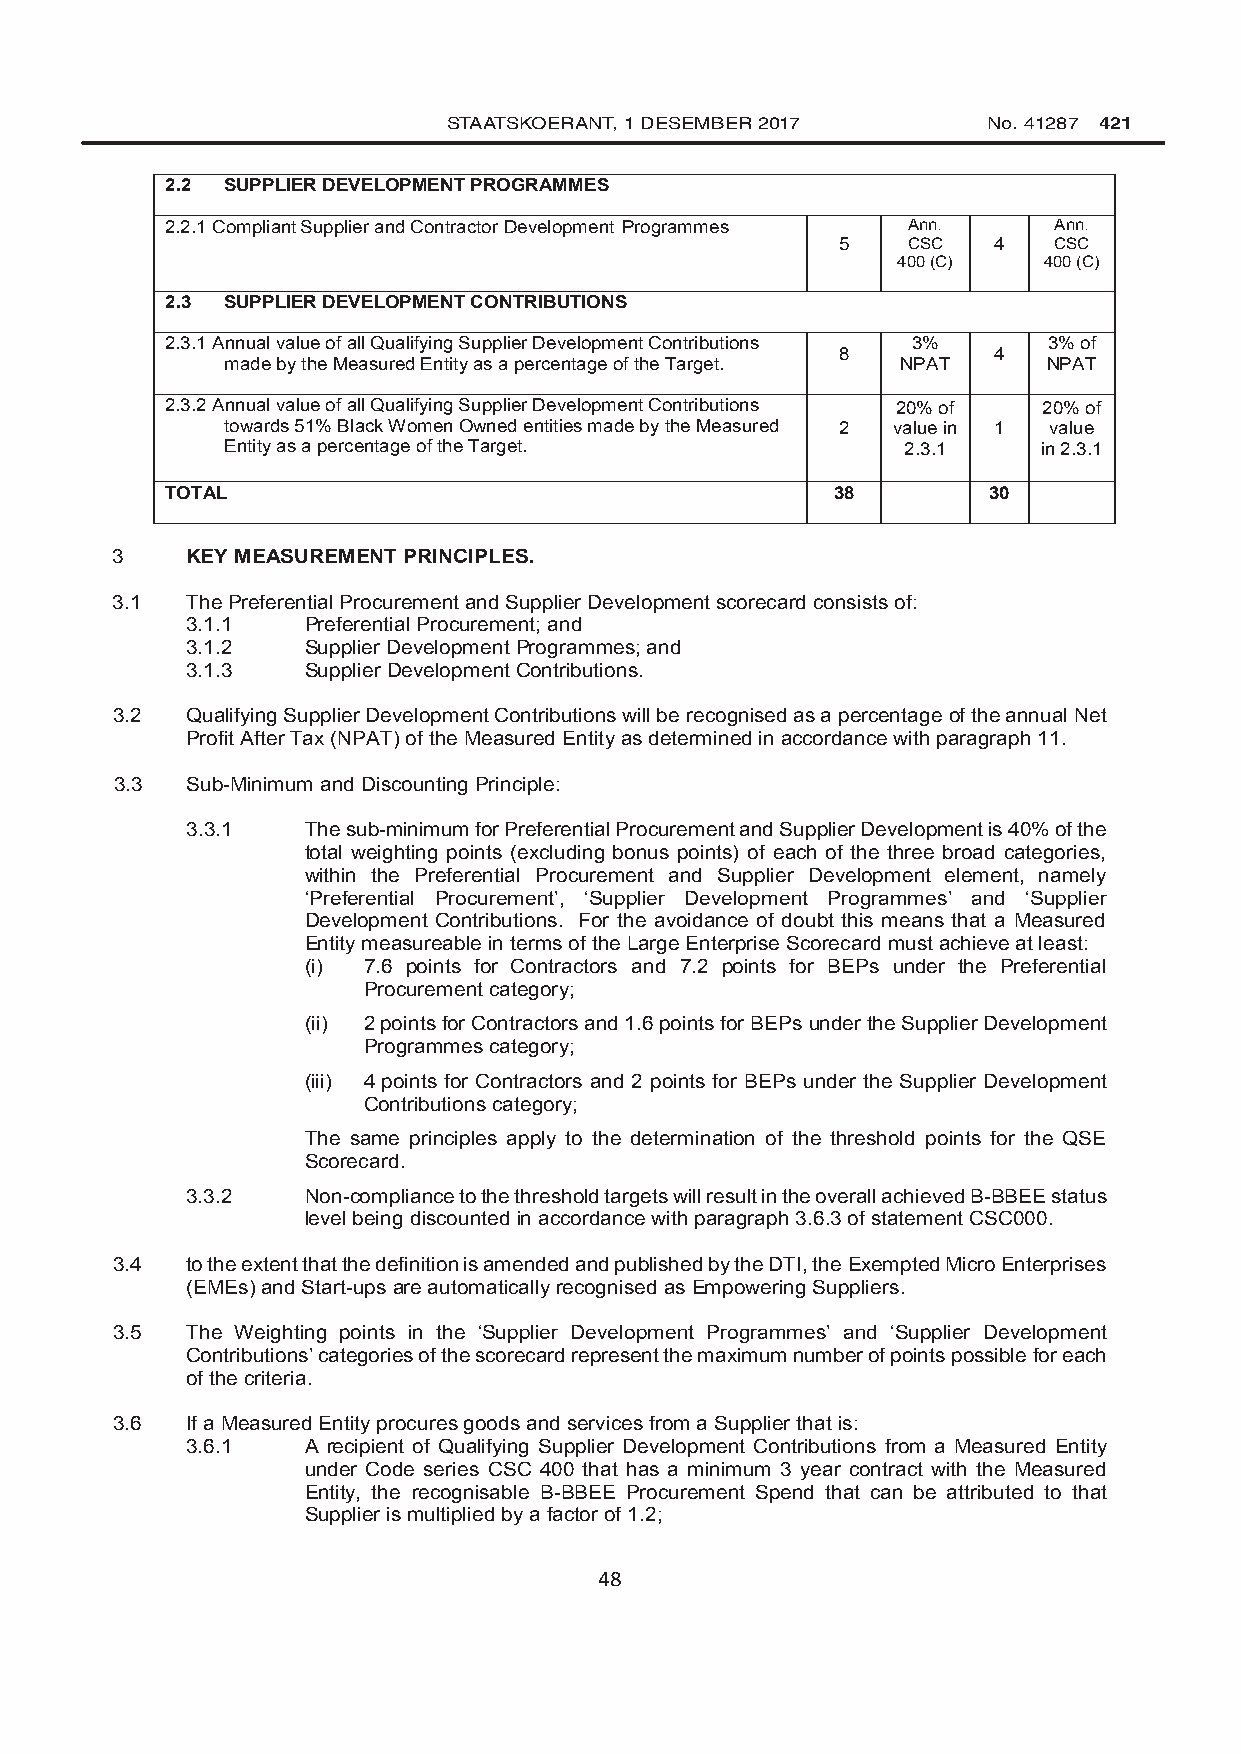
STAATSKOERANT, 1 DESEMBER 2017     No. 41287 421
 2.2 SUPPLIER DEVELOPMENT PROGRAMMES
 2.2.1 Compliant Supplier and Contractor Development Programmes Ann. Ann.
 5    CSC   4   CSC
 400 (C)   400 (C)
 2.3 SUPPLIER DEVELOPMENT CONTRIBUTIONS
 2.3.1 Annual value of all Qualifying Supplier Development Contributions 3% 3% of
 8          4
 made by the Measured Entity as a percentage of the Target. NPAT NPAT
 2.3.2 Annual value of all Qualifying Supplier Development Contributions 20% of 20% of
 towards 51% Black Women Owned entities made by the Measured 2 value in 1 value
 Entity as a percentage of the Target.        2.3.1    in 2.3.1
 TOTAL                                       38        30
 3    KEY MEASUREMENT PRINCIPLES.
 3.1  The Preferential Procurement and Supplier Development scorecard consists of:
 3.1.1   Preferential Procurement; and
 3.1.2   Supplier Development Programmes; and
 3.1.3   Supplier Development Contributions.
 3.2  Qualifying Supplier Development Contributions will be recognised as a percentage of the annual Net
 Profit After Tax (NPAT) of the Measured Entity as determined in accordance with paragraph 11.
 3.3 Sub-Minimum and Discounting Principle:
 3.3.1   The sub-minimum for Preferential Procurement and Supplier Development is 40% of the
 total weighting points (excluding bonus points) of each of the three broad categories,
 within the Preferential Procurement and Supplier Development element, namely
 ‘Preferential Procurement’, ‘Supplier Development Programmes’ and ‘Supplier
 Development Contributions. For the avoidance of doubt this means that a Measured
 Entity measureable in terms of the Large Enterprise Scorecard must achieve at least:
 (i) 7.6 points for Contractors and 7.2 points for BEPs under the Preferential
 Procurement category;
 (ii) 2 points for Contractors and 1.6 points for BEPs under the Supplier Development
 Programmes category;
 (iii) 4 points for Contractors and 2 points for BEPs under the Supplier Development
 Contributions category;
 The same principles apply to the determination of the threshold points for the QSE
 Scorecard.
 3.3.2   Non-compliance to the threshold targets will result in the overall achieved B-BBEE status
 level being discounted in accordance with paragraph 3.6.3 of statement CSC000.
 3.4  to the extent that the definition is amended and published by the DTI, the Exempted Micro Enterprises
 (EMEs) and Start-ups are automatically recognised as Empowering Suppliers.
 3.5  The Weighting points in the ‘Supplier Development Programmes’ and ‘Supplier Development
 Contributions’ categories of the scorecard represent the maximum number of points possible for each
 of the criteria.
 3.6  If a Measured Entity procures goods and services from a Supplier that is:
 3.6.1   A recipient of Qualifying Supplier Development Contributions from a Measured Entity
 under Code series CSC 400 that has a minimum 3 year contract with the Measured
 Entity, the recognisable B-BBEE Procurement Spend that can be attributed to that
 Supplier is multiplied by a factor of 1.2;
 48